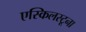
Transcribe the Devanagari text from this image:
एस्किलस्टूना